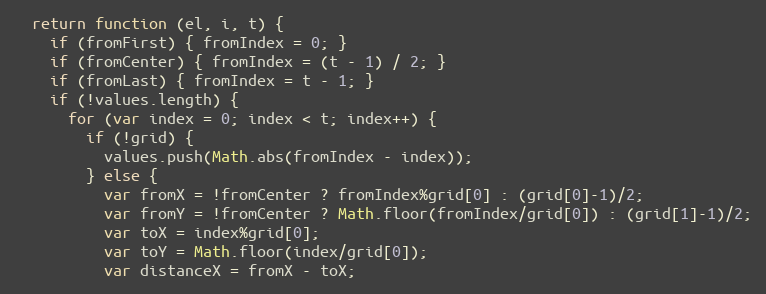
Language: JavaScript
  return function (el, i, t) {
    if (fromFirst) { fromIndex = 0; }
    if (fromCenter) { fromIndex = (t - 1) / 2; }
    if (fromLast) { fromIndex = t - 1; }
    if (!values.length) {
      for (var index = 0; index < t; index++) {
        if (!grid) {
          values.push(Math.abs(fromIndex - index));
        } else {
          var fromX = !fromCenter ? fromIndex%grid[0] : (grid[0]-1)/2;
          var fromY = !fromCenter ? Math.floor(fromIndex/grid[0]) : (grid[1]-1)/2;
          var toX = index%grid[0];
          var toY = Math.floor(index/grid[0]);
          var distanceX = fromX - toX;